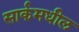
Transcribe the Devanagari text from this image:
सार्कमधील